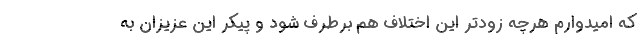
که امیدوارم هرچه زودتر این اختلاف هم برطرف شود و پیکر این عزیزان به